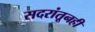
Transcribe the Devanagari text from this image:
सदरांतूनही